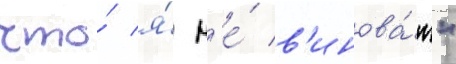
что́ я́ н'е́ в'инова́т"